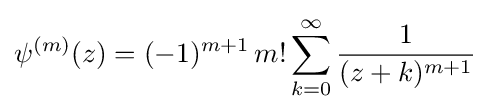
\psi ^{(m)}(z)=(-1)^{m+1}\,m!\sum _{k=0}^{\infty }{\frac {1}{(z+k)^{m+1}}}